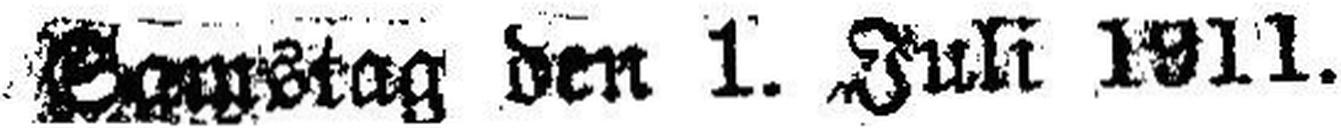
Samstag den 1. Juli 1911.